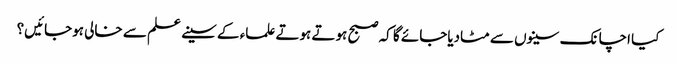
کیا اچانک سینوں سے مٹادیاجائے گا کہ صبح ہوتے ہوتے علماء کے سینے علم سے خالی ہوجائیں؟